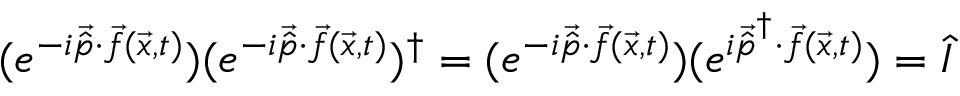
( e ^ { - i \vec { \hat { p } } \cdot \vec { f } ( \vec { x } , t ) } ) ( e ^ { - i \vec { \hat { p } } \cdot \vec { f } ( \vec { x } , t ) } ) ^ { \dagger } = ( e ^ { - i \vec { \hat { p } } \cdot \vec { f } ( \vec { x } , t ) } ) ( e ^ { i \vec { \hat { p } } ^ { \dagger } \cdot \vec { f } ( \vec { x } , t ) } ) = \hat { I }